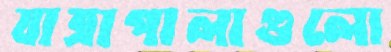
যাত্রাপালাগুলো